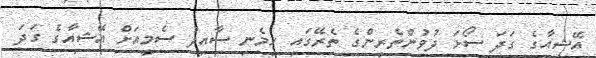
އޭޝިއާގެ ގަދަ ސޯޅަ ދުވުންތެރިންގެ ތެރޭގައި ހިމެނި ސާއިދު ސެމީއަށް އޭޝިއާގެ ގަދަ